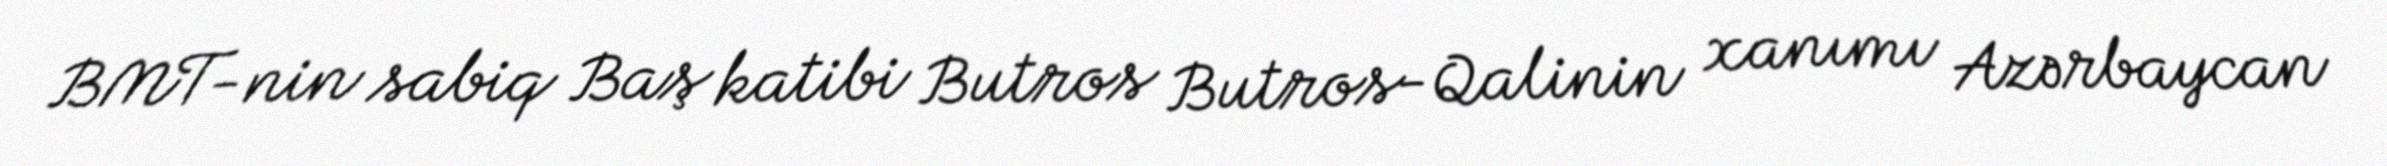
BMT-nin sabiq Baş katibi Butros Butros-Qalinin xanımı Azərbaycan